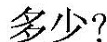
多少?